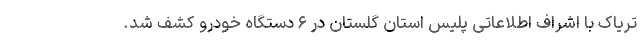
تریاک با اشراف اطلاعاتی پلیس استان گلستان در ۶ دستگاه خودرو کشف شد.